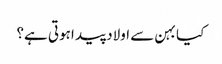
کیا بہن سے اولاد پید اہوتی ہے؟